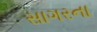
સાગરના